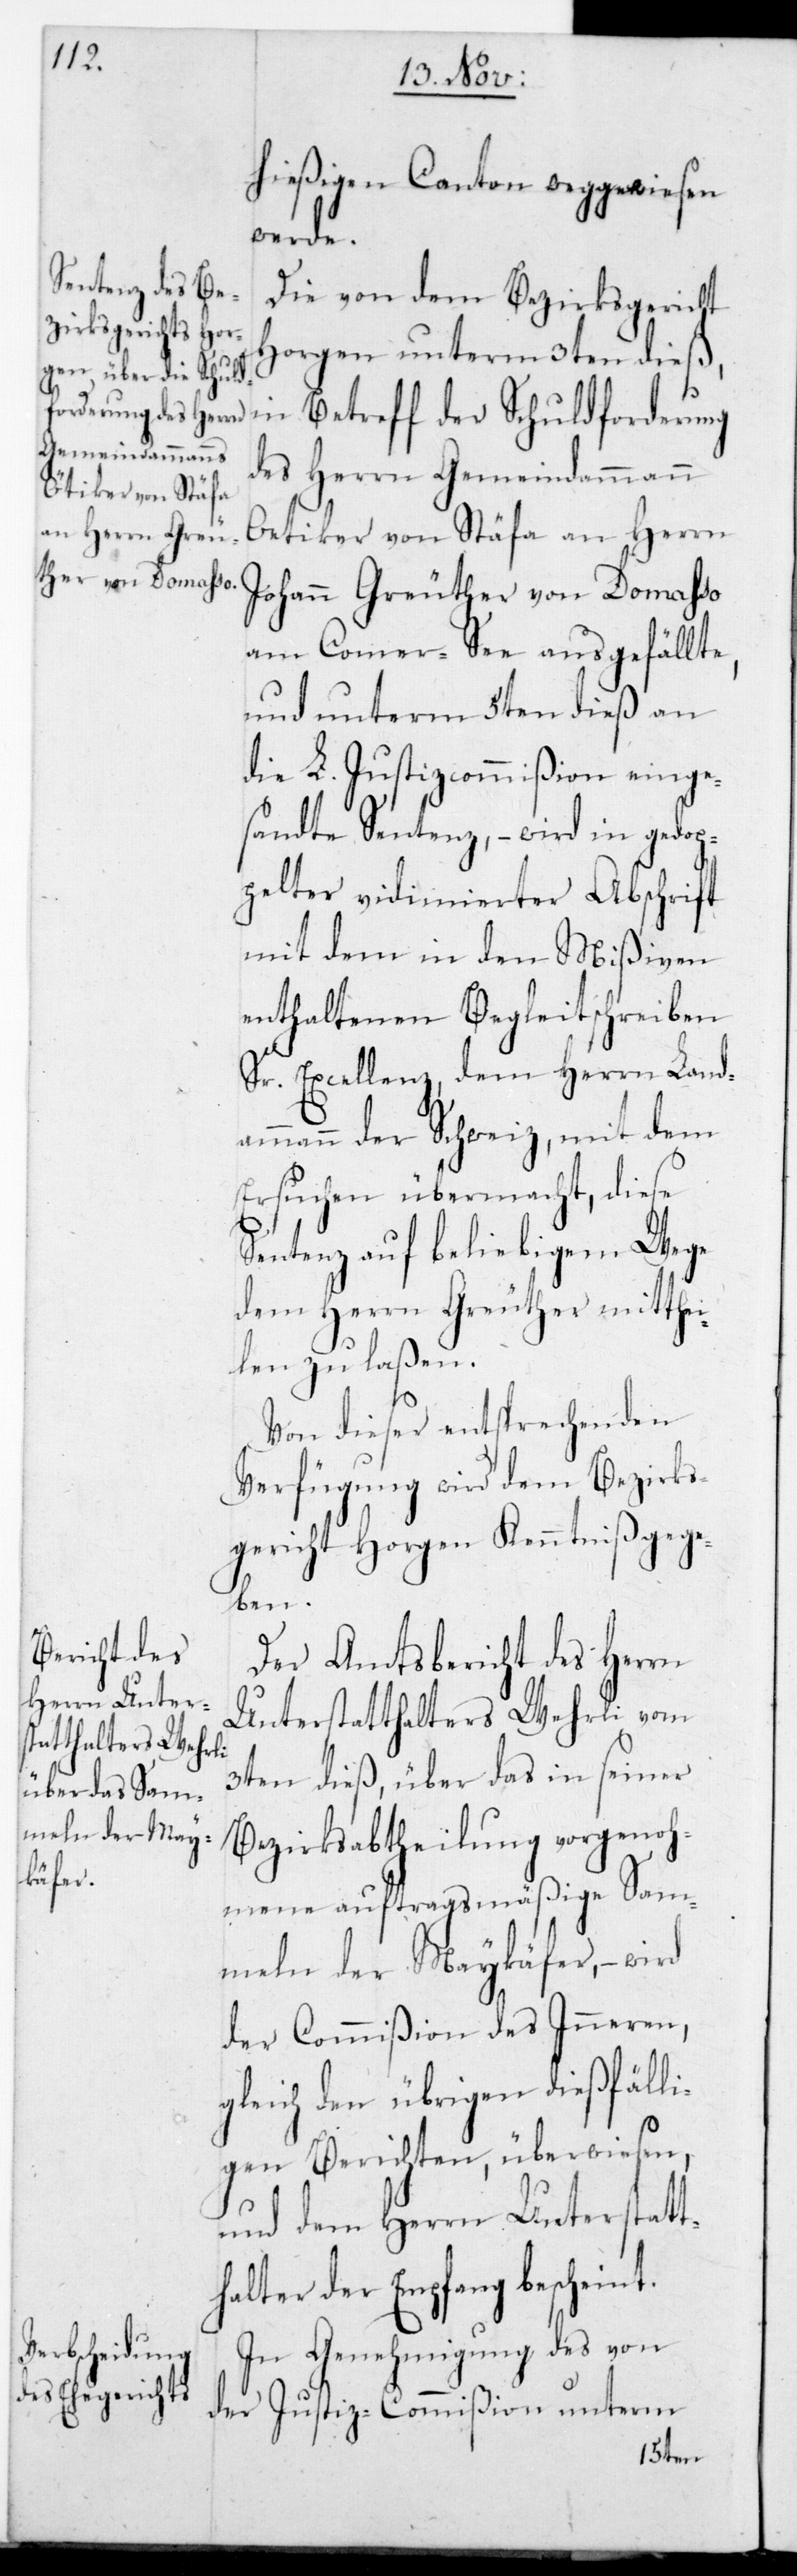
hießigen Canton weggewiesen
werde.
Die von dem Bezirksgericht
Horgen unterm 3ten dieß,
in Betreff der Schuldforderung
des Herrn Gemeindammann
[sic!] von Stäfa an Herrn
Johann Greuther von Domasso
am Comer-See ausgefällte,
und unterm 5ten dieß an
die L. Justizcommißion einge¬
sandte Sentenz, – wird in gedop¬
pelter vidimierter Abschrift
mit dem in den Mißiven
enthaltenen Begleitschreiben
Sr. Excellenz dem Herrn Land¬
ammann der Schweiz, mit dem
Ersuchen übermacht, diese
Sentenz auf beliebigem Wege
dem Herrn Greuther mitthei¬
len zu laßen.
Von dieser entsprechenden
Verfügung wird dem Bezirks¬
gericht Horgen Kenntniß gege¬
ben.
Der Amtsbericht des Herrn
Unterstatthalters Wehrli vom
3ten dieß, über das in seiner
Bezirksabtheilung vorgenoh¬
mene auftragsmäßige Sam¬
meln der Maykäfer, – wird
der Commißion des Inneren,
gleich den übrigen dießfälli¬
gen Berichten, überwiesen,
und dem Herrn Unterstatt¬
halter der Empfang bescheint.
In Genehmigung des von
der Justiz-Commißion unterm